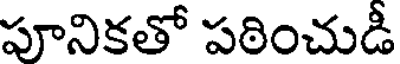
పూనికతో పఠించుడీ